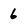
Character: 6